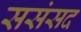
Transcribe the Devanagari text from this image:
ससंसद